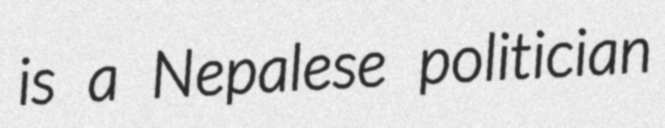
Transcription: is a Nepalese politician